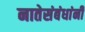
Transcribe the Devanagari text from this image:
नातेसंबंधांनी